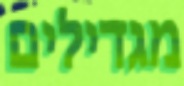
מגדילים